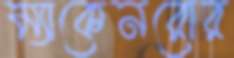
ম্যাকেনরোর